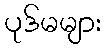
ပုဒ်မများ